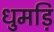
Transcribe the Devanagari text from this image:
धुमड़ि